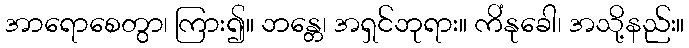
အာရောစေတွာ၊ ကြား၍။ ဘန္တေ၊ အရှင်ဘုရား။ ကိံနုခေါ၊ အသို့နည်း။